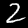
Digit: 2